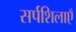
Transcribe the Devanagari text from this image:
सर्पशिलाएँ